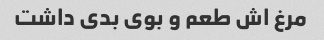
مرغ اش طعم و بوی بدی داشت